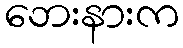
ဘေးနားက